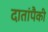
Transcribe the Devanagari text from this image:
दातांपैकी